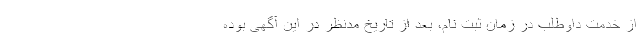
از خدمت داوطلب در زمان ثبت نام، بعد از تاریخ مدنظر در این آگهی بوده